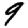
Digit: 9